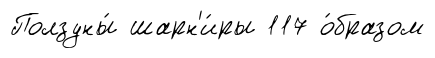
Ползуны́ шарн'и́ры 117 о́бразом